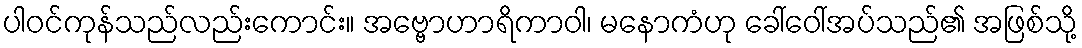
ပါဝင်ကုန်သည်လည်းကောင်း။ အဗ္ဗောဟာရိကာဝါ၊ မနောကံဟု ခေါ်ဝေါ်အပ်သည်၏ အဖြစ်သို့